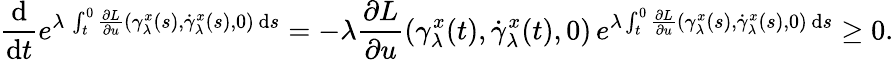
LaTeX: \frac{\mathrm{d}}{\mathrm{d}t}e^{\lambda\, \int_{t}^{0}\frac{\partial L}{\partial u}(\gamma_{\lambda}^{x}(s),\dot{\gamma}_{\lambda}^{x}(s),0)\, \mathrm{d}s}=-\lambda\frac{\partial L}{\partial u}(\gamma_{\lambda}^{x}(t),\dot{\gamma}_{\lambda}^{x}(t),0)\, e^{\lambda\int_{t}^{0}\frac{\partial L}{\partial u}(\gamma_{\lambda}^{x}(s),\dot{\gamma}_{\lambda}^{x}(s),0)\, \mathrm{d}s}\geq 0.